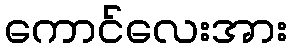
ကောင်လေးအား